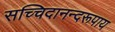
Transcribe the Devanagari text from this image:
सच्चिदानन्दरूपाय